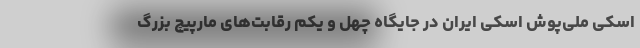
اسکی ملی‌پوش اسکی ایران در جایگاه چهل و یکم رقابت‌های مارپیچ بزرگ